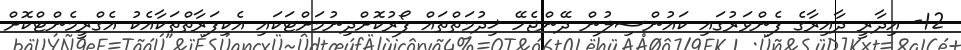
12- އިދާރީ ދާއިރާގެ ފެންވަރުގައި ކައުންސިލުން ދޭންޖެހޭ ޚިދުމަތްތައް ފޯރުކޮށްދިނުމަށްޓަކައި އެކިފަރާތްތަކާއެކު އެގްރީމެންޓްކޮށް